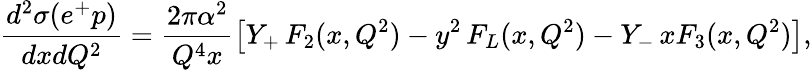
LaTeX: \frac{d^{2}\sigma(e^{+}p)}{dxdQ^{2}}=\frac{2\pi\alpha^{2}}{Q^{4}x}\left[Y_{+}\, F_{2}(x,Q^{2})-y^{2}\, F_{L}(x,Q^{2})-Y_{-}\, xF_{3}(x,Q^{2})\right],